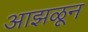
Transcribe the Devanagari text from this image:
आझळून